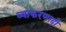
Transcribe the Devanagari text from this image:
व्याकरणादी